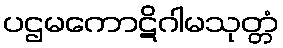
ပဌမကောဋိဂါမသုတ္တံ